Annual report of the Punjab Veterinary College and of the Civil Veterinary Department, Punjab - 1909-1919
Year: 1909
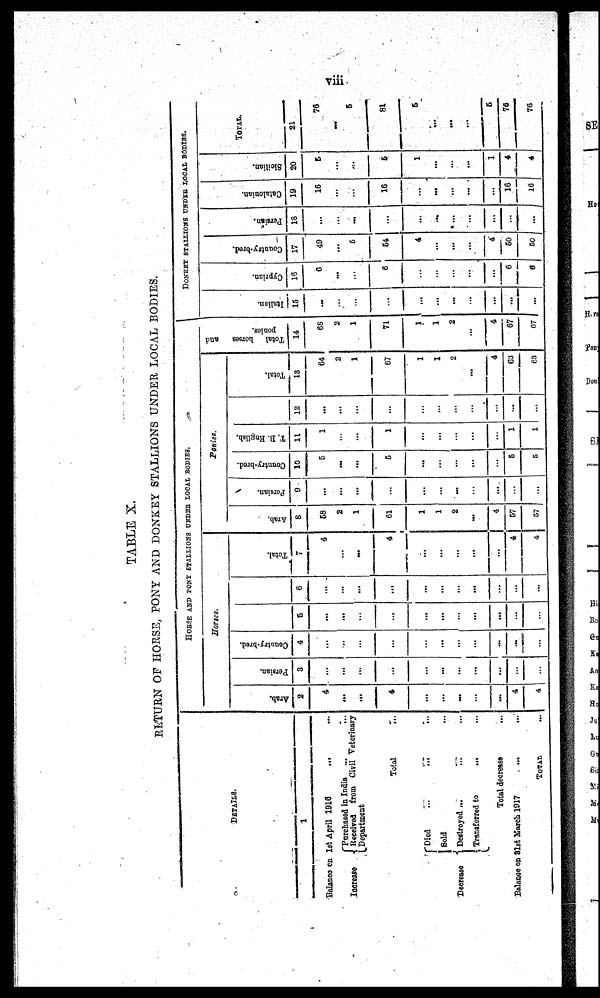
viii.
TABLE X.
RETURN OF HORSE, PONY AND DONKEY STALLIONS UNDER LOCAL BODIES.
DETAILS.
1
Balance an 1st April 1916
... ...
Increase
Purchased in India ... ...
Received from Civil Veterinary
Department
Total ...
Decrease
Died
...
...
Sold ...
Destroyed ... ... ...
Transforred to ... ...
Total
decresse
...
Balance on 31st March 1917
...
...
TOTAL
...
HORSE AND PONY STALLIONS UNDER LOCAL RODIES,
Horses.
Arab.
2
4
...
...
4
...
...
...
...
...
4
4
Persian.
3
...
...
...
...
...
...
...
...
...
...
...
Country-bred.
4
...
...
...
...
...
...
...
...
...
..
...
5
...
...
...
...
...
...
...
...
...
...
...
6
...
...
...
...
...
...
...
...
...
...
...
Total.
7
4
...
...
4
...
...
...
...
...
4
4
Ponies.
Arab.
8
58
2
1
61
1
1
2
...
4
57
57
Persian.
9
...
...
...
...
...
...
...
...
....
...
...
Country-bred.
10
5
...
...
5
...
...
...
...
...
5
5
T. B. English.
11
1
...
...
1
...
...
...
...
...
1
1
12
...
...
...
...
...
...
...
...
...
...
...
Total.
13
64
2
1
67
1
1
2
...
4
63
63
Total horses and
ponies.
14
68
2
1
71
1
1
2
...
4
67
67
DONKEY STALLONS UNDER LOCAL BODIES.
I t al i an.
15
...
...
...
...
...
...
...
...
...
...
...
Cypr i
an.
16
6
...
...
6
...
...
...
...
...
6
6
Count r
y- br od,
17
49
...
5
64
4
...
...
...
4
50
50
Per s i
an.
18
...
...
...
...
...
...
...
...
...
...
...
Cat al oni an.
19
16
...
...
16
...
...
...
...
...
16
16
Sicilian.
20
5
...
...
5
1
...
...
...
1
4
4
TOTAL.
21
76
...
5
81
5
...
...
...
5
76
76